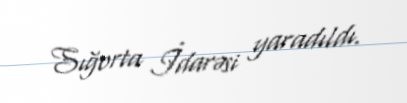
Sığorta İdarəsi yaradıldı.